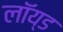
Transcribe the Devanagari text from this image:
लॉय्ड